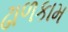
ઢાળકામ